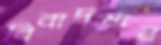
বিবাদমান